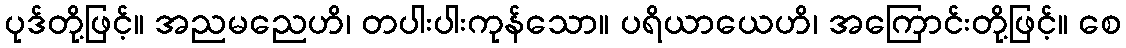
ပုဒ်တို့ဖြင့်။ အညမညေဟိ၊ တပါးပါးကုန်သော။ ပရိယာယေဟိ၊ အကြောင်းတို့ဖြင့်။ စေ